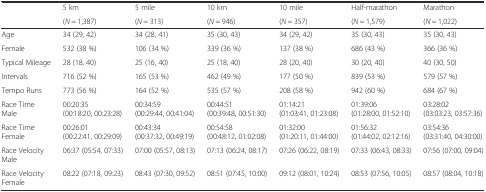
<table><thead><tr><td rowspan="2"></td><td><b>5 km</b></td><td><b>5 mile</b></td><td><b>10 km</b></td><td><b>10 mile</b></td><td><b>Half-marathon</b></td><td><b>Marathon</b></td></tr><tr><td><b>(<i>N</i> = 1,387)</b></td><td><b>(<i>N</i> = 313)</b></td><td><b>(<i>N</i> = 946)</b></td><td><b>(<i>N</i> = 357)</b></td><td><b>(<i>N</i> = 1,579)</b></td><td><b>(<i>N</i> = 1,022)</b></td></tr></thead><tbody><tr><td>Age</td><td>34 (29, 42)</td><td>34 (28, 41)</td><td>35 (30, 43)</td><td>34 (29, 42)</td><td>35 (30, 43)</td><td>35 (30, 43)</td></tr><tr><td>Female</td><td>532 (38 %)</td><td>106 (34 %)</td><td>339 (36 %)</td><td>137 (38 %)</td><td>686 (43 %)</td><td>366 (36 %)</td></tr><tr><td>Typical Mileage</td><td>28 (18, 40)</td><td>25 (16, 40)</td><td>25 (18, 40)</td><td>28 (20, 40)</td><td>30 (20, 40)</td><td>40 (30, 50)</td></tr><tr><td>Intervals</td><td>716 (52 %)</td><td>165 (53 %)</td><td>462 (49 %)</td><td>177 (50 %)</td><td>839 (53 %)</td><td>579 (57 %)</td></tr><tr><td>Tempo Runs</td><td>773 (56 %)</td><td>164 (52 %)</td><td>535 (57 %)</td><td>208 (58 %)</td><td>942 (60 %)</td><td>684 (67 %)</td></tr><tr><td>Race TimeMale</td><td>00:20:35 (00:18:20, 00:23:28)</td><td>00:34:59 (00:29:44, 00:41:04)</td><td>00:44:51 (00:39:48, 00:51:30)</td><td>01:14:21 (01:03:41, 01:23:08)</td><td>01:39:06 (01:28:00, 01:52:10)</td><td>03:28:02(03:03:23, 03:57:36)</td></tr><tr><td>Race TimeFemale</td><td>00:26:01(00:22:41, 00:29:09)</td><td>00:43:34(00:37:32, 00:49:19)</td><td>00:54:58 (00:48:12, 01:02:08)</td><td>01:32:00(01:20:11, 01:44:00)</td><td>01:56:32 (01:44:02, 02:12:16)</td><td>03:54:36(03:31:40, 04:30:00)</td></tr><tr><td>Race VelocityMale</td><td>06:37 (05:54, 07:33)</td><td>07:00 (05:57, 08:13)</td><td>07:13 (06:24, 08:17)</td><td>07:26 (06:22, 08:19)</td><td>07:33 (06:43, 08:33)</td><td>07:56 (07:00, 09:04)</td></tr><tr><td>Race VelocityFemale</td><td>08:22 (07:18, 09:23)</td><td>08:43 (07:30, 09:52)</td><td>08:51 (07:45, 10:00)</td><td>09:12 (08:01, 10:24)</td><td>08:53 (07:56, 10:05)</td><td>08:57 (08:04, 10:18)</td></tr></tbody></table>